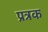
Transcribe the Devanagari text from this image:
प्रत्रक